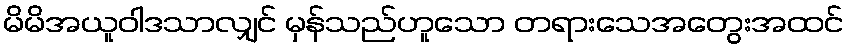
မိမိအယူဝါဒသာလျှင် မှန်သည်ဟူသော တရားသေအတွေးအထင်